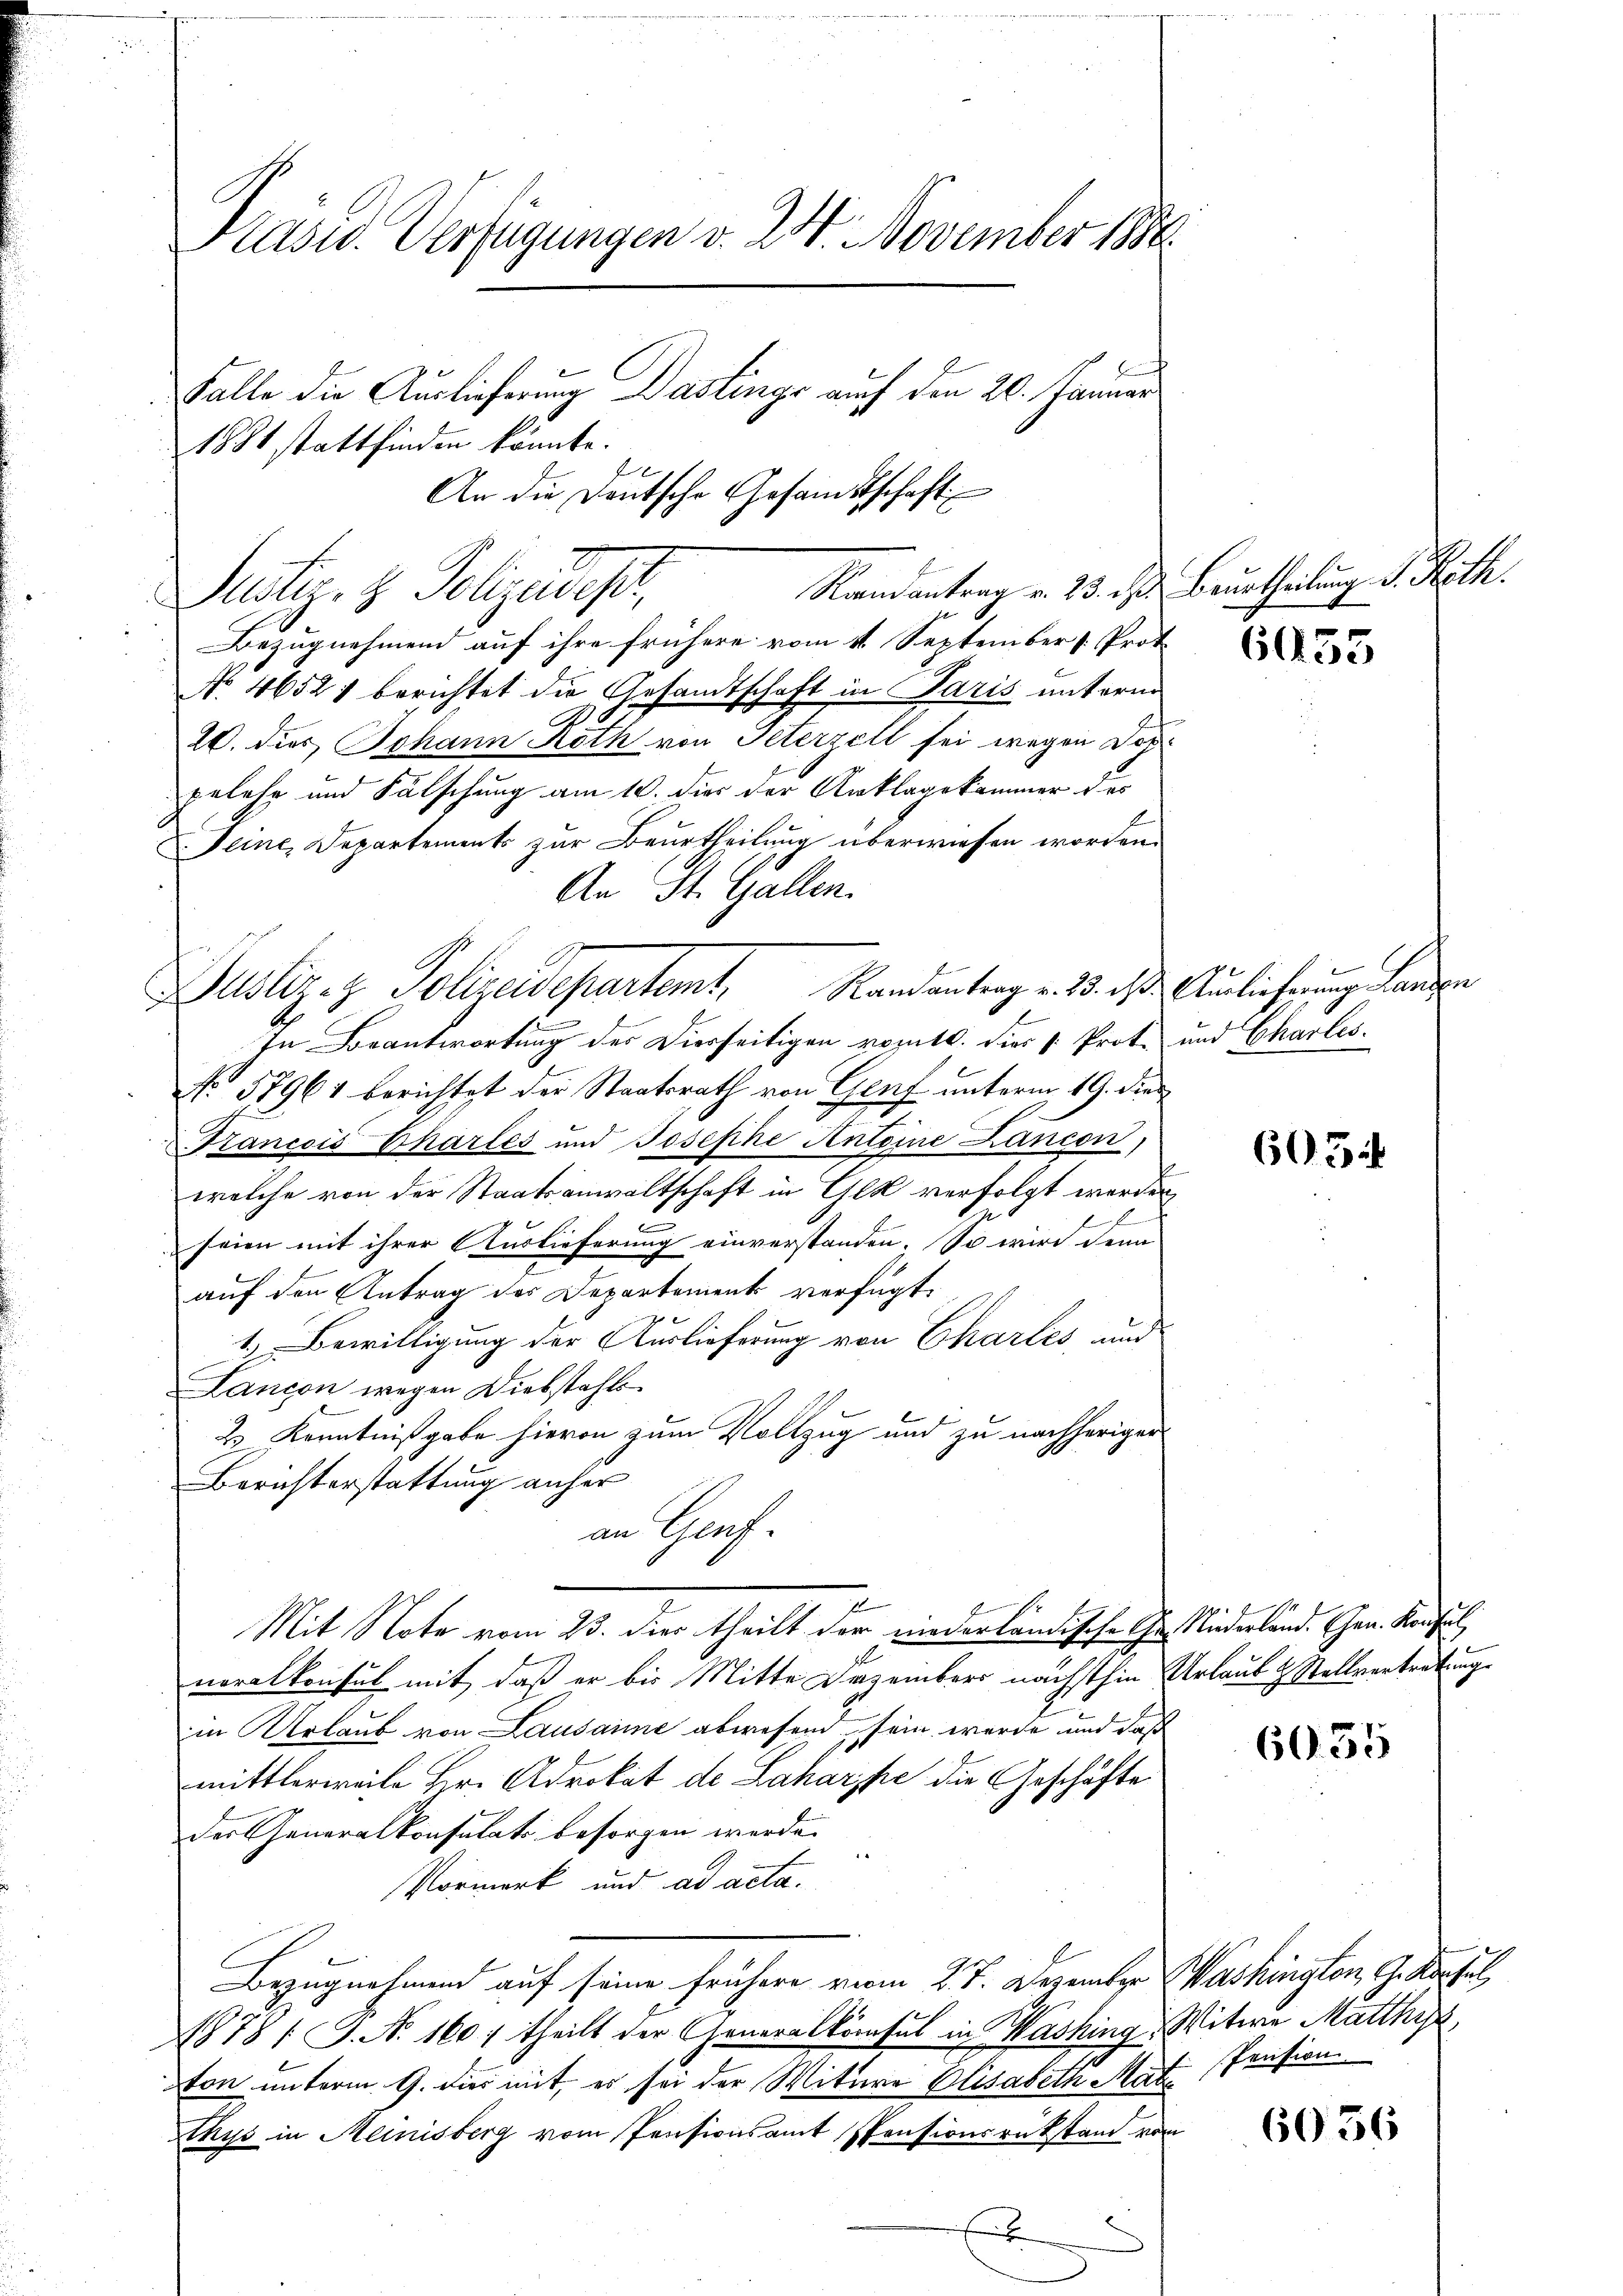
Præses. Verfügungen v. 24. November 1888
Falle die Auslieferung Dastings auf den 20. Januar
1881 stattfinden könnte.
.
An die Deutsche Gesandtschaft

Justiz- & Polizeidesir,
Bezugnehmend auf ihre frühere vom 4. September [Prot
No 46521 berichtet die Gesandtschaft in Paris unterm
20. dies Johann Roth von Peterzell sei wegen Dopgelehr und Fälschung am 10. dies der Anklagekammer der
Deine Departements zur Beurtheilung überwiesen worden.
An St. Gallen.
.
In Beantwortung des Dierseitigen vomut. Dies k. Prot. und Charles
No 57961 berichtet der Staatsrath von Genf unterm 19. dies
Francois Chartes und Josephe Anteine Lancon
welche von der Staatsanwaltschaft in Gek verfolgt werden,
E
seien mit ihrer Auslieferung einverstanden. So wird denn
auf den Antrag des Departement verfügt:
g
1) Bewilligung der Auslieferung von Chartes, und
Lancon wegen Diebstahls
23 Kenntnißgabe hievon zum Vollzug und zu nachheriger
Berichterstattung anher
an Genf
e
Mit Note vom 23. dies theilt der niederländische Chr. Niederländ. Ehen. Konsul
neralkonsul mit, daß er bis Mitte Dezember nächsthin Urlaub & Stellvertretung
in Urlaub von Lausanne abwesend sein werde und daß
mittlerweile Hr. Advokat de Laharke die Geschäfte
der Generalkonsulat besorgen werde.
Vormerk und ad acta.
Bezugnahmend auf seine frühere vom 2. 7. Dezember Washington, G. Kartel
1878 / G. N. 160 / theilt der Generalkonsul in Washing Witwe Matthy,
ton unterm 9. dies mit, es sei der Mitere Elisabeth Mat Pension
Athys in Meinisberg vom Pensionsamt Pensionsrükstand von
x

Justiz- & Polizeidepartemt, Randantrag v. 25. ds Auslieferung Landern

Randantrag v. 23. d. Beurtheilung v. Roth.

6455

605

6055

6056